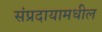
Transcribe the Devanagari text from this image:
संप्रदायामधील